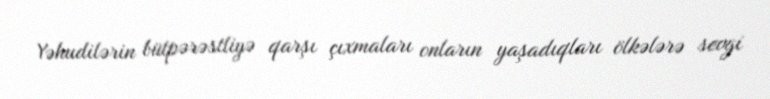
Yəhudilərin bütpərəstliyə qarşı çıxmaları onların yaşadıqları ölkələrə sevgi